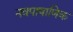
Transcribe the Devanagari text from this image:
नवपाषाणिक